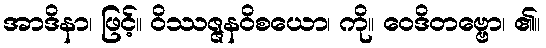
အာဒိနာ၊ ဖြင့်။ ဝိဿဇ္ဇနဝိစယော၊ ကို။ ဝေဒိတဗ္ဗော၊ ၏။